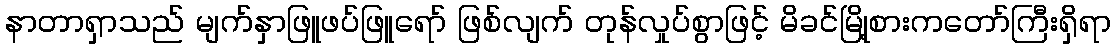
နာတာရှာသည် မျက်နှာဖြူဖပ်ဖြူရော် ဖြစ်လျက် တုန်လှုပ်စွာဖြင့် မိခင်မြို့စားကတော်ကြီးရှိရာ